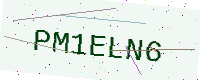
Text: PM1ELN6